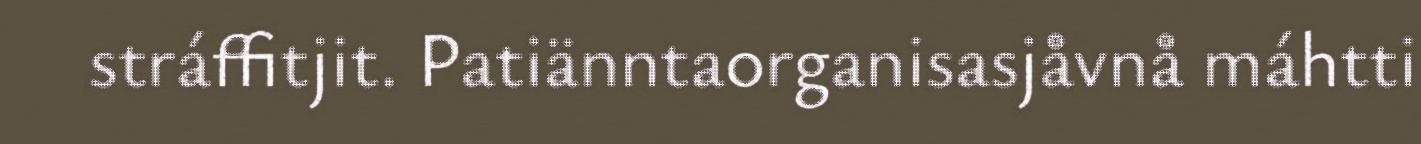
stráffitjit. Patiänntaorganisasjåvnå máhtti